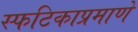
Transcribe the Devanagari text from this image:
स्फटिकाप्रमाणे